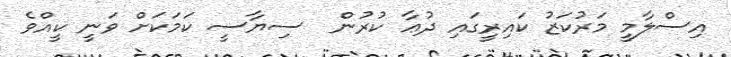
އިސްލާމީ މަރުކަޒު ކައިރީގައި ދުޢާ ކުރުން  ސިޔާސީ ކަމަކަށް ވަނީ ކީއްވެ